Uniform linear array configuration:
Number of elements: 16
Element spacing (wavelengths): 0.25
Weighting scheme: hamming
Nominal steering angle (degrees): -30
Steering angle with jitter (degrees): -31.302
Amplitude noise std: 0.05
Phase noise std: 0.05

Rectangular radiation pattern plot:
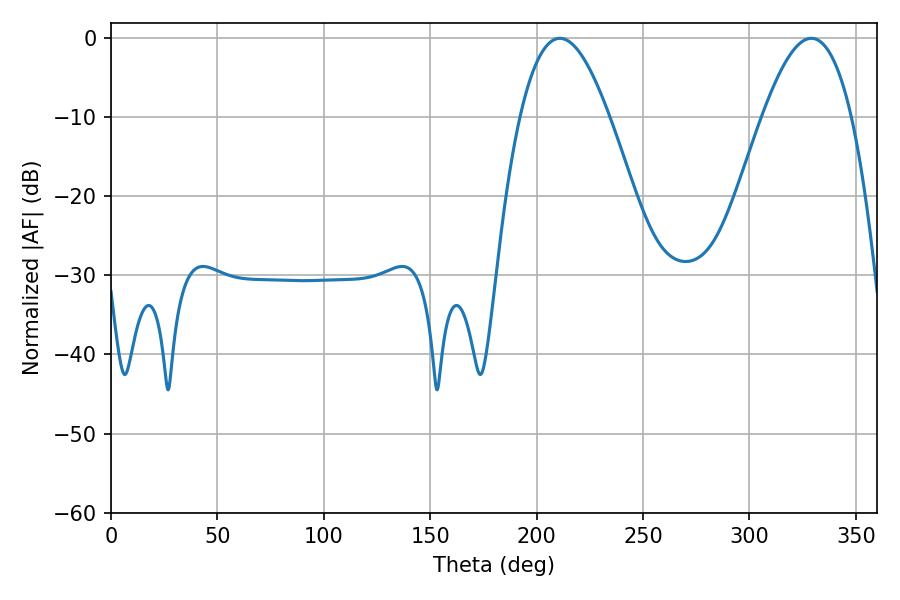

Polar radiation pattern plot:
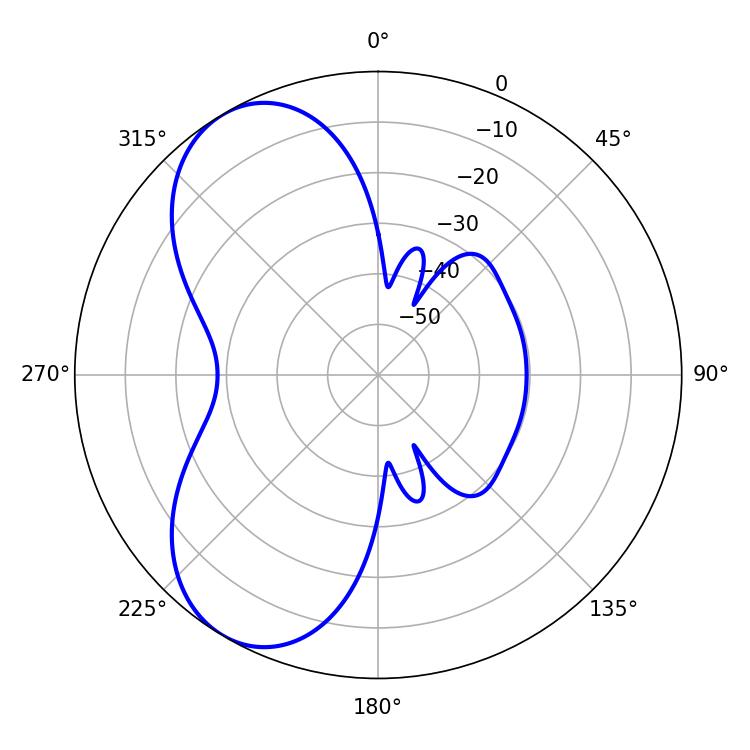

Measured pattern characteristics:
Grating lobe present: FALSE
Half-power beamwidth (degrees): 22.86
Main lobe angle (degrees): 210.96